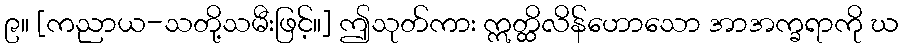
၉။ [ကညာယ-သတို့သမီးဖြင့်။] ဤသုတ်ကား ဣတ္ထိလိန်ဟောသော အာအက္ခရာကို ဃ